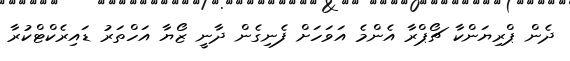
ދެން ޕްރިޔަންކާ ޗޯޕްރާ އެންމެ އަވަހަށް ފެނިގެން ދާނީ ޒޯޔާ އަހްތަރު ޑައިރެކްޓްކުރާ